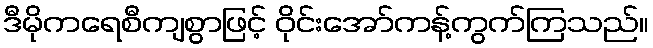
ဒီမိုကရေစီကျစွာဖြင့် ဝိုင်းအော်ကန့်ကွက်ကြသည်။